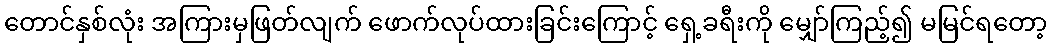
တောင်နှစ်လုံး အကြားမှဖြတ်လျက် ဖောက်လုပ်ထားခြင်းကြောင့် ရှေ့ခရီးကို မျှော်ကြည့်၍ မမြင်ရတော့